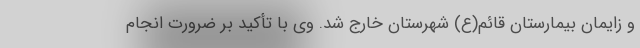
و زایمان بیمارستان قائم(ع) شهرستان خارج شد. وی با تأکید بر ضرورت انجام